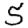
Digit: 5